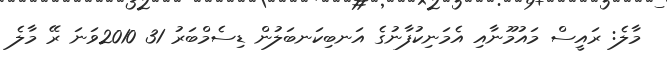
މާލެ: ރައީސް މައުމޫނާއި އެމަނިކުފާނުގެ އަނބިކަނބަލުން ޑިސެމްބަރު 31 2010ވަނަ ރޭ މާލެ